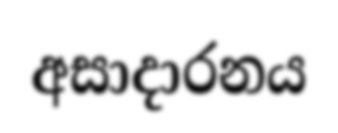
අසාදාරනය